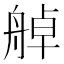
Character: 䑲